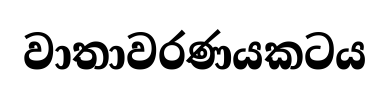
වාතාවරණයකටය